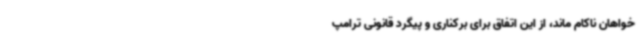
خواهان ناکام ماند، از این اتفاق برای برکناری و پیگرد قانونی ترامپ